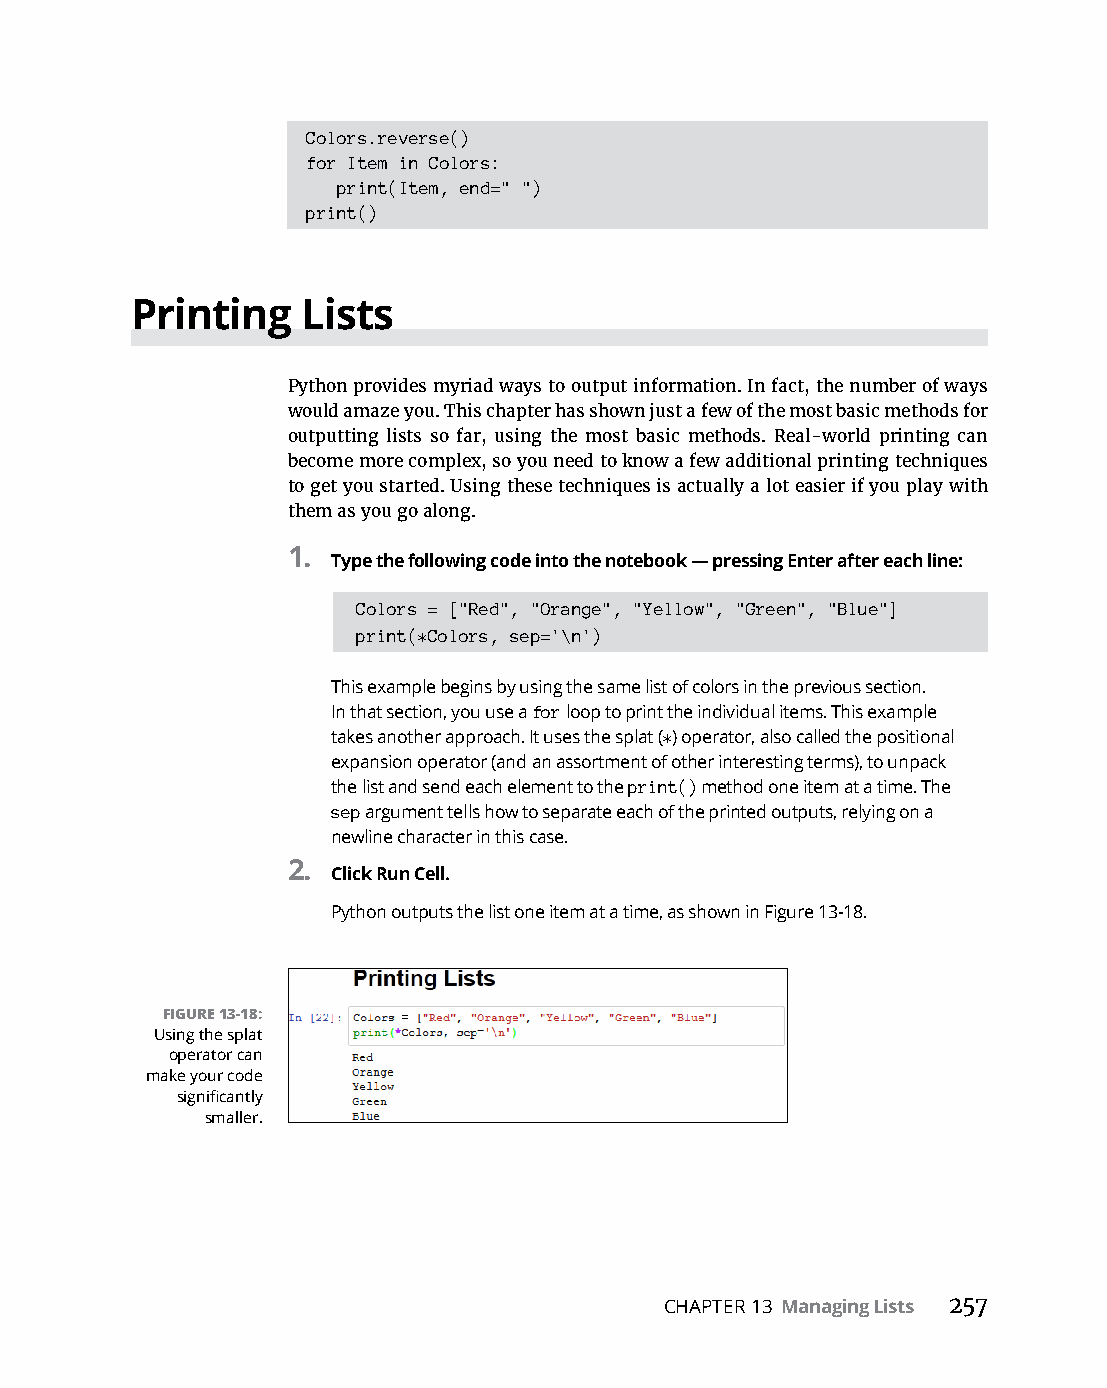
Colors.reverse()
 for Item in Colors:
 print(Item, end=" ")
 print()
 Printing   Lists
 Python provides myriad ways to output information. In fact, the number of ways
 would amaze you. This chapter has shown just a few of the most basic methods for
 outputting lists so far, using the most basic methods. Real-world printing can
 become more complex, so you need to know a few additional printing techniques
 to get you started. Using these techniques is actually a lot easier if you play with
 them as you go along.
 1.
 Type the following code into the notebook — pressing Enter after each line:
 Colors = ["Red", "Orange", "Yellow", "Green", "Blue"]
 print(*Colors, sep='\n')
 This example begins by using the same list of colors in the previous section.
 In that section, you use a for loop to print the individual items. This example
 takes another approach. It uses the splat (*) operator, also called the positional
 expansion operator (and an assortment of other interesting terms), to unpack
 the list and send each element to the print() method one item at a time. The
 sep argument tells how to separate each of the printed outputs, relying on a
 newline character in this case.
 2.
 Click Run Cell.
 Python outputs the list one item at a time, as shown in Figure 13-18.
 FIGURE 13-18:
 Using the splat
 operator can
 make your code
 significantly
 smaller.
 CHAPTER 13 Managing Lists 257